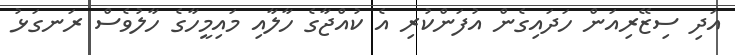
އަދި ސިޒޭރިއަން ހަދައިގެން އުފަންކުރި އެ ކުއްޖާގެ ހާލާއި މައިމީހާގެ ހާލުވެސް ރަނގަޅު